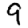
Digit: 9